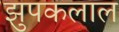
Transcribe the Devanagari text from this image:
झुपकलाल